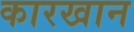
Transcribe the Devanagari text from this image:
कारखान